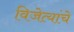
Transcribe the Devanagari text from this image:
विजेत्यांचे